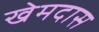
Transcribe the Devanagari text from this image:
खेमदास